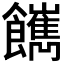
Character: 𩟥